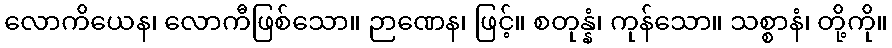
လောကိယေန၊ လောကီဖြစ်သော။ ဉာဏေန၊ ဖြင့်။ စတုန္နံ၊ ကုန်သော။ သစ္စာနံ၊ တို့ကို။